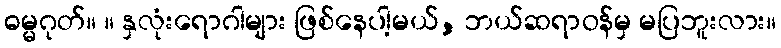
ဓမ္မဂုတ်။ ။ နှလုံးရောဂါများ ဖြစ်နေပါ့မယ်, ဘယ်ဆရာဝန်မှ မပြဘူးလား။